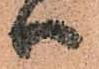
ハ